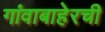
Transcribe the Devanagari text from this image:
गांवाबाहेरची